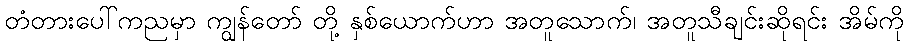
တံတားပေါ်ကညမှာ ကျွန်တော် တို့ နှစ်ယောက်ဟာ အတူသောက်၊ အတူသီချင်းဆိုရင်း အိမ်ကို